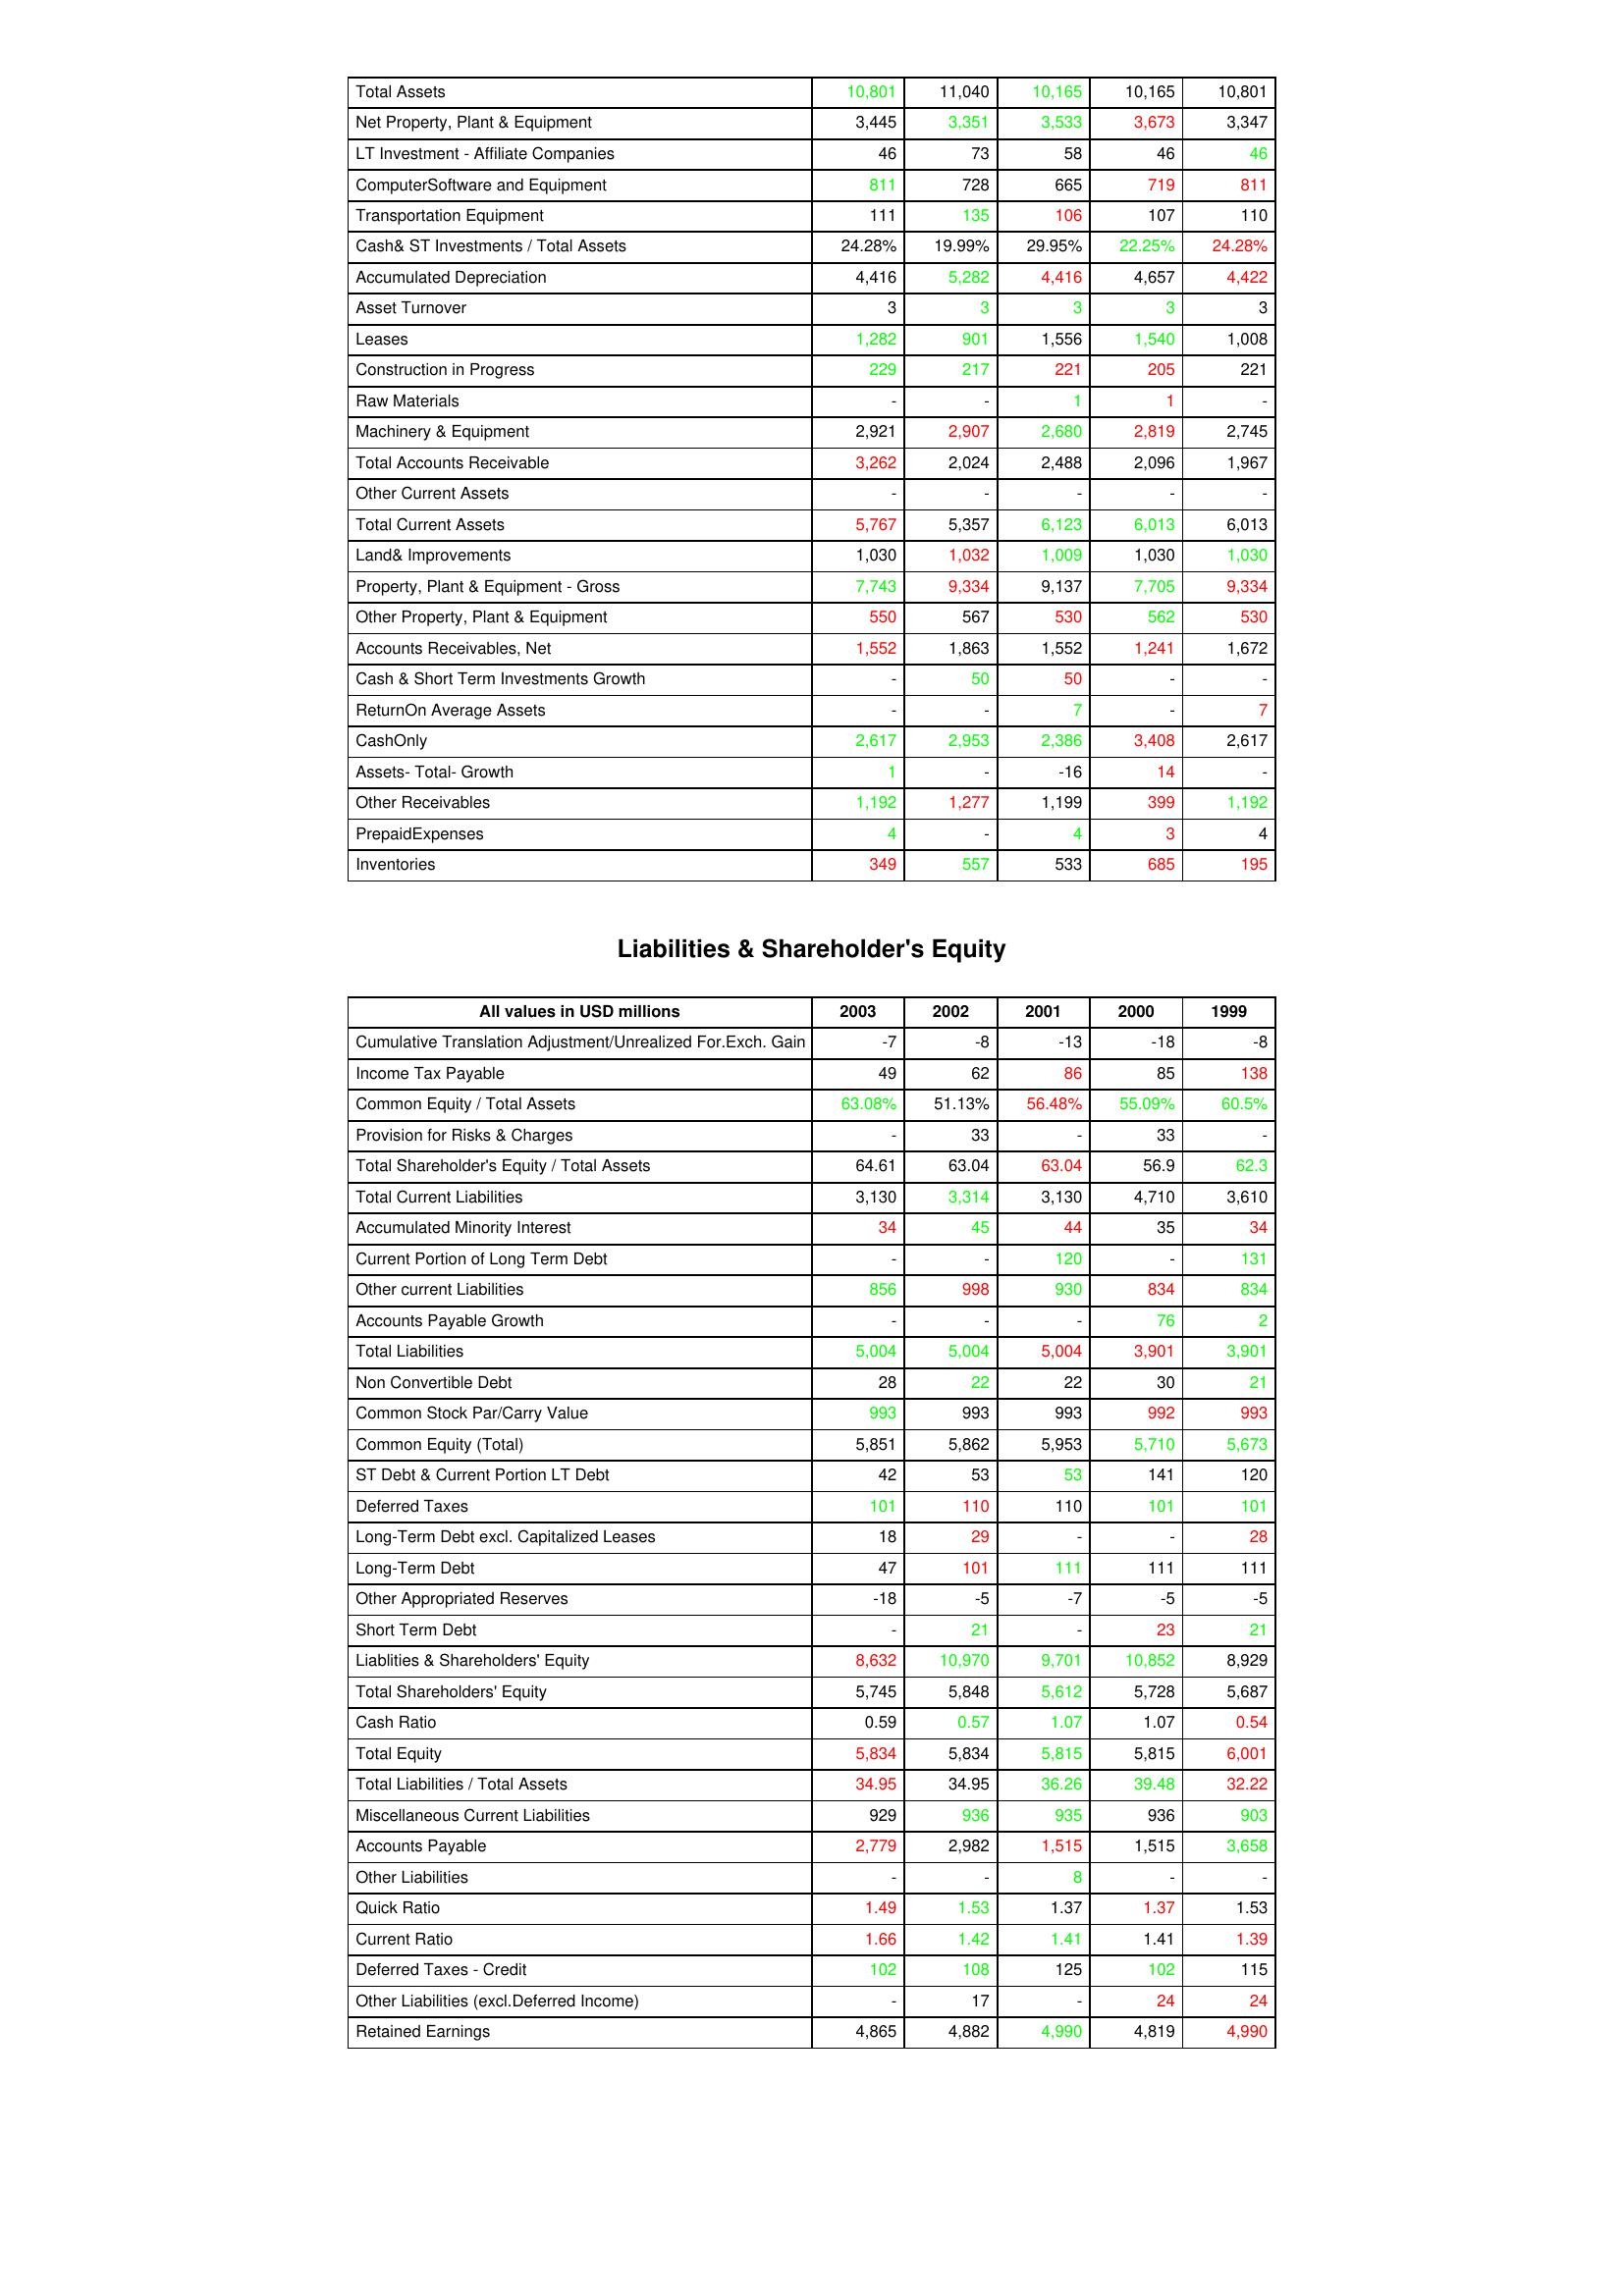
gt_parse: 2003: Assets: Total Assets: 10,801
Net Property, Plant & Equipment: 3,445
LT Investment - Affiliate Companies: 46
ComputerSoftware and Equipment: 811
Transportation Equipment: 111
Cash& ST Investments / Total Assets: 24.28%
Accumulated Depreciation: 4,416
Asset Turnover: 3
Leases: 1,282
Construction in Progress: 229
Raw Materials: -
Machinery & Equipment: 2,921
Total Accounts Receivable: 3,262
Other Current Assets: -
Total Current Assets: 5,767
Land& Improvements: 1,030
Property, Plant & Equipment - Gross : 7,743
Other Property, Plant & Equipment: 550
Accounts Receivables, Net: 1,552
Cash & Short Term Investments Growth: -
ReturnOn Average Assets: -
CashOnly: 2,617
Assets- Total- Growth: 1
Other Receivables: 1,192
PrepaidExpenses: 4
Inventories: 349
Liabilities & Shareholder's Equity: Cumulative Translation Adjustment/Unrealized For.Exch. Gain: -7
Income Tax Payable: 49
Common Equity / Total Assets: 63.08%
Provision for Risks & Charges: -
Total Shareholder's Equity / Total Assets: 64.61
Total Current Liabilities: 3,130
Accumulated Minority Interest: 34
Current Portion of Long Term Debt: -
Other current Liabilities: 856
Accounts Payable Growth: -
Total Liabilities: 5,004
Non Convertible Debt: 28
Common Stock Par/Carry Value: 993
Common Equity (Total): 5,851
ST Debt & Current Portion LT Debt: 42
Deferred Taxes: 101
Long-Term Debt excl. Capitalized Leases: 18
Long-Term Debt: 47
Other Appropriated Reserves: -18
Short Term Debt: -
Liablities & Shareholders' Equity: 8,632
Total Shareholders' Equity: 5,745
Cash Ratio: 0.59
Total Equity: 5,834
Total Liabilities / Total Assets: 34.95
Miscellaneous Current Liabilities: 929
Accounts Payable: 2,779
Other Liabilities: -
Quick Ratio: 1.49
Current Ratio: 1.66
Deferred Taxes - Credit: 102
Other Liabilities (excl.Deferred Income): -
Retained Earnings: 4,865
2002: Assets: Total Assets: 11,040
Net Property, Plant & Equipment: 3,351
LT Investment - Affiliate Companies: 73
ComputerSoftware and Equipment: 728
Transportation Equipment: 135
Cash& ST Investments / Total Assets: 19.99%
Accumulated Depreciation: 5,282
Asset Turnover: 3
Leases: 901
Construction in Progress: 217
Raw Materials: -
Machinery & Equipment: 2,907
Total Accounts Receivable: 2,024
Other Current Assets: -
Total Current Assets: 5,357
Land& Improvements: 1,032
Property, Plant & Equipment - Gross : 9,334
Other Property, Plant & Equipment: 567
Accounts Receivables, Net: 1,863
Cash & Short Term Investments Growth: 50
ReturnOn Average Assets: -
CashOnly: 2,953
Assets- Total- Growth: -
Other Receivables: 1,277
PrepaidExpenses: -
Inventories: 557
Liabilities & Shareholder's Equity: Cumulative Translation Adjustment/Unrealized For.Exch. Gain: -8
Income Tax Payable: 62
Common Equity / Total Assets: 51.13%
Provision for Risks & Charges: 33
Total Shareholder's Equity / Total Assets: 63.04
Total Current Liabilities: 3,314
Accumulated Minority Interest: 45
Current Portion of Long Term Debt: -
Other current Liabilities: 998
Accounts Payable Growth: -
Total Liabilities: 5,004
Non Convertible Debt: 22
Common Stock Par/Carry Value: 993
Common Equity (Total): 5,862
ST Debt & Current Portion LT Debt: 53
Deferred Taxes: 110
Long-Term Debt excl. Capitalized Leases: 29
Long-Term Debt: 101
Other Appropriated Reserves: -5
Short Term Debt: 21
Liablities & Shareholders' Equity: 10,970
Total Shareholders' Equity: 5,848
Cash Ratio: 0.57
Total Equity: 5,834
Total Liabilities / Total Assets: 34.95
Miscellaneous Current Liabilities: 936
Accounts Payable: 2,982
Other Liabilities: -
Quick Ratio: 1.53
Current Ratio: 1.42
Deferred Taxes - Credit: 108
Other Liabilities (excl.Deferred Income): 17
Retained Earnings: 4,882
2001: Assets: Total Assets: 10,165
Net Property, Plant & Equipment: 3,533
LT Investment - Affiliate Companies: 58
ComputerSoftware and Equipment: 665
Transportation Equipment: 106
Cash& ST Investments / Total Assets: 29.95%
Accumulated Depreciation: 4,416
Asset Turnover: 3
Leases: 1,556
Construction in Progress: 221
Raw Materials: 1
Machinery & Equipment: 2,680
Total Accounts Receivable: 2,488
Other Current Assets: -
Total Current Assets: 6,123
Land& Improvements: 1,009
Property, Plant & Equipment - Gross : 9,137
Other Property, Plant & Equipment: 530
Accounts Receivables, Net: 1,552
Cash & Short Term Investments Growth: 50
ReturnOn Average Assets: 7
CashOnly: 2,386
Assets- Total- Growth: -16
Other Receivables: 1,199
PrepaidExpenses: 4
Inventories: 533
Liabilities & Shareholder's Equity: Cumulative Translation Adjustment/Unrealized For.Exch. Gain: -13
Income Tax Payable: 86
Common Equity / Total Assets: 56.48%
Provision for Risks & Charges: -
Total Shareholder's Equity / Total Assets: 63.04
Total Current Liabilities: 3,130
Accumulated Minority Interest: 44
Current Portion of Long Term Debt: 120
Other current Liabilities: 930
Accounts Payable Growth: -
Total Liabilities: 5,004
Non Convertible Debt: 22
Common Stock Par/Carry Value: 993
Common Equity (Total): 5,953
ST Debt & Current Portion LT Debt: 53
Deferred Taxes: 110
Long-Term Debt excl. Capitalized Leases: -
Long-Term Debt: 111
Other Appropriated Reserves: -7
Short Term Debt: -
Liablities & Shareholders' Equity: 9,701
Total Shareholders' Equity: 5,612
Cash Ratio: 1.07
Total Equity: 5,815
Total Liabilities / Total Assets: 36.26
Miscellaneous Current Liabilities: 935
Accounts Payable: 1,515
Other Liabilities: 8
Quick Ratio: 1.37
Current Ratio: 1.41
Deferred Taxes - Credit: 125
Other Liabilities (excl.Deferred Income): -
Retained Earnings: 4,990
2000: Assets: Total Assets: 10,165
Net Property, Plant & Equipment: 3,673
LT Investment - Affiliate Companies: 46
ComputerSoftware and Equipment: 719
Transportation Equipment: 107
Cash& ST Investments / Total Assets: 22.25%
Accumulated Depreciation: 4,657
Asset Turnover: 3
Leases: 1,540
Construction in Progress: 205
Raw Materials: 1
Machinery & Equipment: 2,819
Total Accounts Receivable: 2,096
Other Current Assets: -
Total Current Assets: 6,013
Land& Improvements: 1,030
Property, Plant & Equipment - Gross : 7,705
Other Property, Plant & Equipment: 562
Accounts Receivables, Net: 1,241
Cash & Short Term Investments Growth: -
ReturnOn Average Assets: -
CashOnly: 3,408
Assets- Total- Growth: 14
Other Receivables: 399
PrepaidExpenses: 3
Inventories: 685
Liabilities & Shareholder's Equity: Cumulative Translation Adjustment/Unrealized For.Exch. Gain: -18
Income Tax Payable: 85
Common Equity / Total Assets: 55.09%
Provision for Risks & Charges: 33
Total Shareholder's Equity / Total Assets: 56.9
Total Current Liabilities: 4,710
Accumulated Minority Interest: 35
Current Portion of Long Term Debt: -
Other current Liabilities: 834
Accounts Payable Growth: 76
Total Liabilities: 3,901
Non Convertible Debt: 30
Common Stock Par/Carry Value: 992
Common Equity (Total): 5,710
ST Debt & Current Portion LT Debt: 141
Deferred Taxes: 101
Long-Term Debt excl. Capitalized Leases: -
Long-Term Debt: 111
Other Appropriated Reserves: -5
Short Term Debt: 23
Liablities & Shareholders' Equity: 10,852
Total Shareholders' Equity: 5,728
Cash Ratio: 1.07
Total Equity: 5,815
Total Liabilities / Total Assets: 39.48
Miscellaneous Current Liabilities: 936
Accounts Payable: 1,515
Other Liabilities: -
Quick Ratio: 1.37
Current Ratio: 1.41
Deferred Taxes - Credit: 102
Other Liabilities (excl.Deferred Income): 24
Retained Earnings: 4,819
1999: Assets: Total Assets: 10,801
Net Property, Plant & Equipment: 3,347
LT Investment - Affiliate Companies: 46
ComputerSoftware and Equipment: 811
Transportation Equipment: 110
Cash& ST Investments / Total Assets: 24.28%
Accumulated Depreciation: 4,422
Asset Turnover: 3
Leases: 1,008
Construction in Progress: 221
Raw Materials: -
Machinery & Equipment: 2,745
Total Accounts Receivable: 1,967
Other Current Assets: -
Total Current Assets: 6,013
Land& Improvements: 1,030
Property, Plant & Equipment - Gross : 9,334
Other Property, Plant & Equipment: 530
Accounts Receivables, Net: 1,672
Cash & Short Term Investments Growth: -
ReturnOn Average Assets: 7
CashOnly: 2,617
Assets- Total- Growth: -
Other Receivables: 1,192
PrepaidExpenses: 4
Inventories: 195
Liabilities & Shareholder's Equity: Cumulative Translation Adjustment/Unrealized For.Exch. Gain: -8
Income Tax Payable: 138
Common Equity / Total Assets: 60.5%
Provision for Risks & Charges: -
Total Shareholder's Equity / Total Assets: 62.3
Total Current Liabilities: 3,610
Accumulated Minority Interest: 34
Current Portion of Long Term Debt: 131
Other current Liabilities: 834
Accounts Payable Growth: 2
Total Liabilities: 3,901
Non Convertible Debt: 21
Common Stock Par/Carry Value: 993
Common Equity (Total): 5,673
ST Debt & Current Portion LT Debt: 120
Deferred Taxes: 101
Long-Term Debt excl. Capitalized Leases: 28
Long-Term Debt: 111
Other Appropriated Reserves: -5
Short Term Debt: 21
Liablities & Shareholders' Equity: 8,929
Total Shareholders' Equity: 5,687
Cash Ratio: 0.54
Total Equity: 6,001
Total Liabilities / Total Assets: 32.22
Miscellaneous Current Liabilities: 903
Accounts Payable: 3,658
Other Liabilities: -
Quick Ratio: 1.53
Current Ratio: 1.39
Deferred Taxes - Credit: 115
Other Liabilities (excl.Deferred Income): 24
Retained Earnings: 4,990